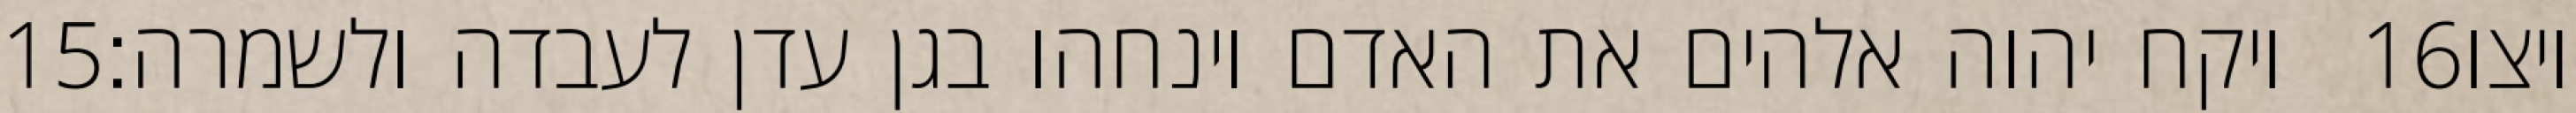
‎15‏ ויקח יהוה אלהים את האדם וינחהו בגן עדן לעבדה ולשמרה׃ ‎16‏ ויצו